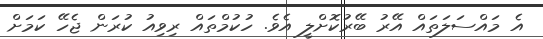
އެ މައްސަލަތައް އޭރު ބޭރުކޮށްލީ އެވެ. ހުކުމްތައް ރިވިއު ކުރަން ޖެހޭ ކަމަށް